Veterinary regulations India, 1939 -
Year: 1939
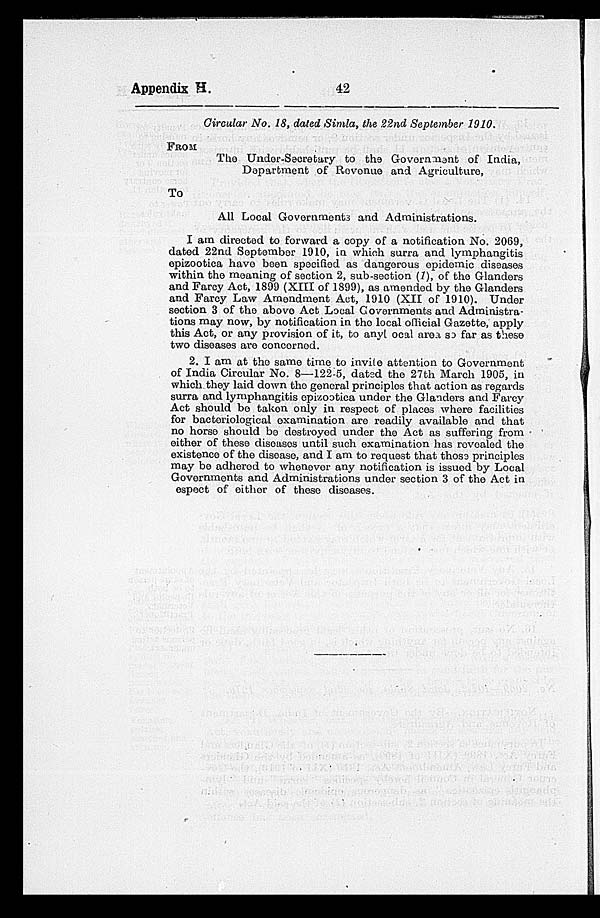
Appendix H.
42
Circular No. 18, dated Simla, the 22nd September 1910.
FROM
The Under-Secretary to the Government of India,
Department of Revenue and Agriculture,
To
All Local Governments and Administrations.
I am directed to forward a copy of a notification No. 2069,
dated 22nd September 1910, in which surra and lymphangitis
epizootica have been specified as dangerous epidemic diseases
within the meaning of section 2, sub-section (7), of the Glanders
and Farcy Act, 1899 (XIII of 1899), as amended by the Glanders
and Farcy Law Amendment Act, 1910 (XII of 1910). Under
section 3 of the above Act Local Governments and Administra-
tions may now, by notification in the local official Gazette, apply
this Act, or any provision of it, to anyl ocal area so far as these
two diseases are concerned.
2. I am at the same time to invite attention to Government
of India Circular No. 8—122-5, dated the 27th March 1905, in
which they laid down the general principles that action as regards
surra and lymphangitis epizootica under the Glanders and Farcy
Act should be taken only in respect of places where facilities
for bacteriological examination are readily available and that
no horse should be destroyed under the Act as suffering from
either of these diseases until such examination has revealed the
existence of the disease, and I am to request that those principles
may be adhered to whenever any notification is issued by Local
Governments and Administrations under section 3 of the Act in
espect of either of these diseases.